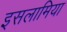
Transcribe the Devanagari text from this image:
इसलामिया